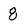
Character: 8